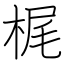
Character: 梶